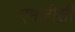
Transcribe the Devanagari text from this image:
एमजीसी